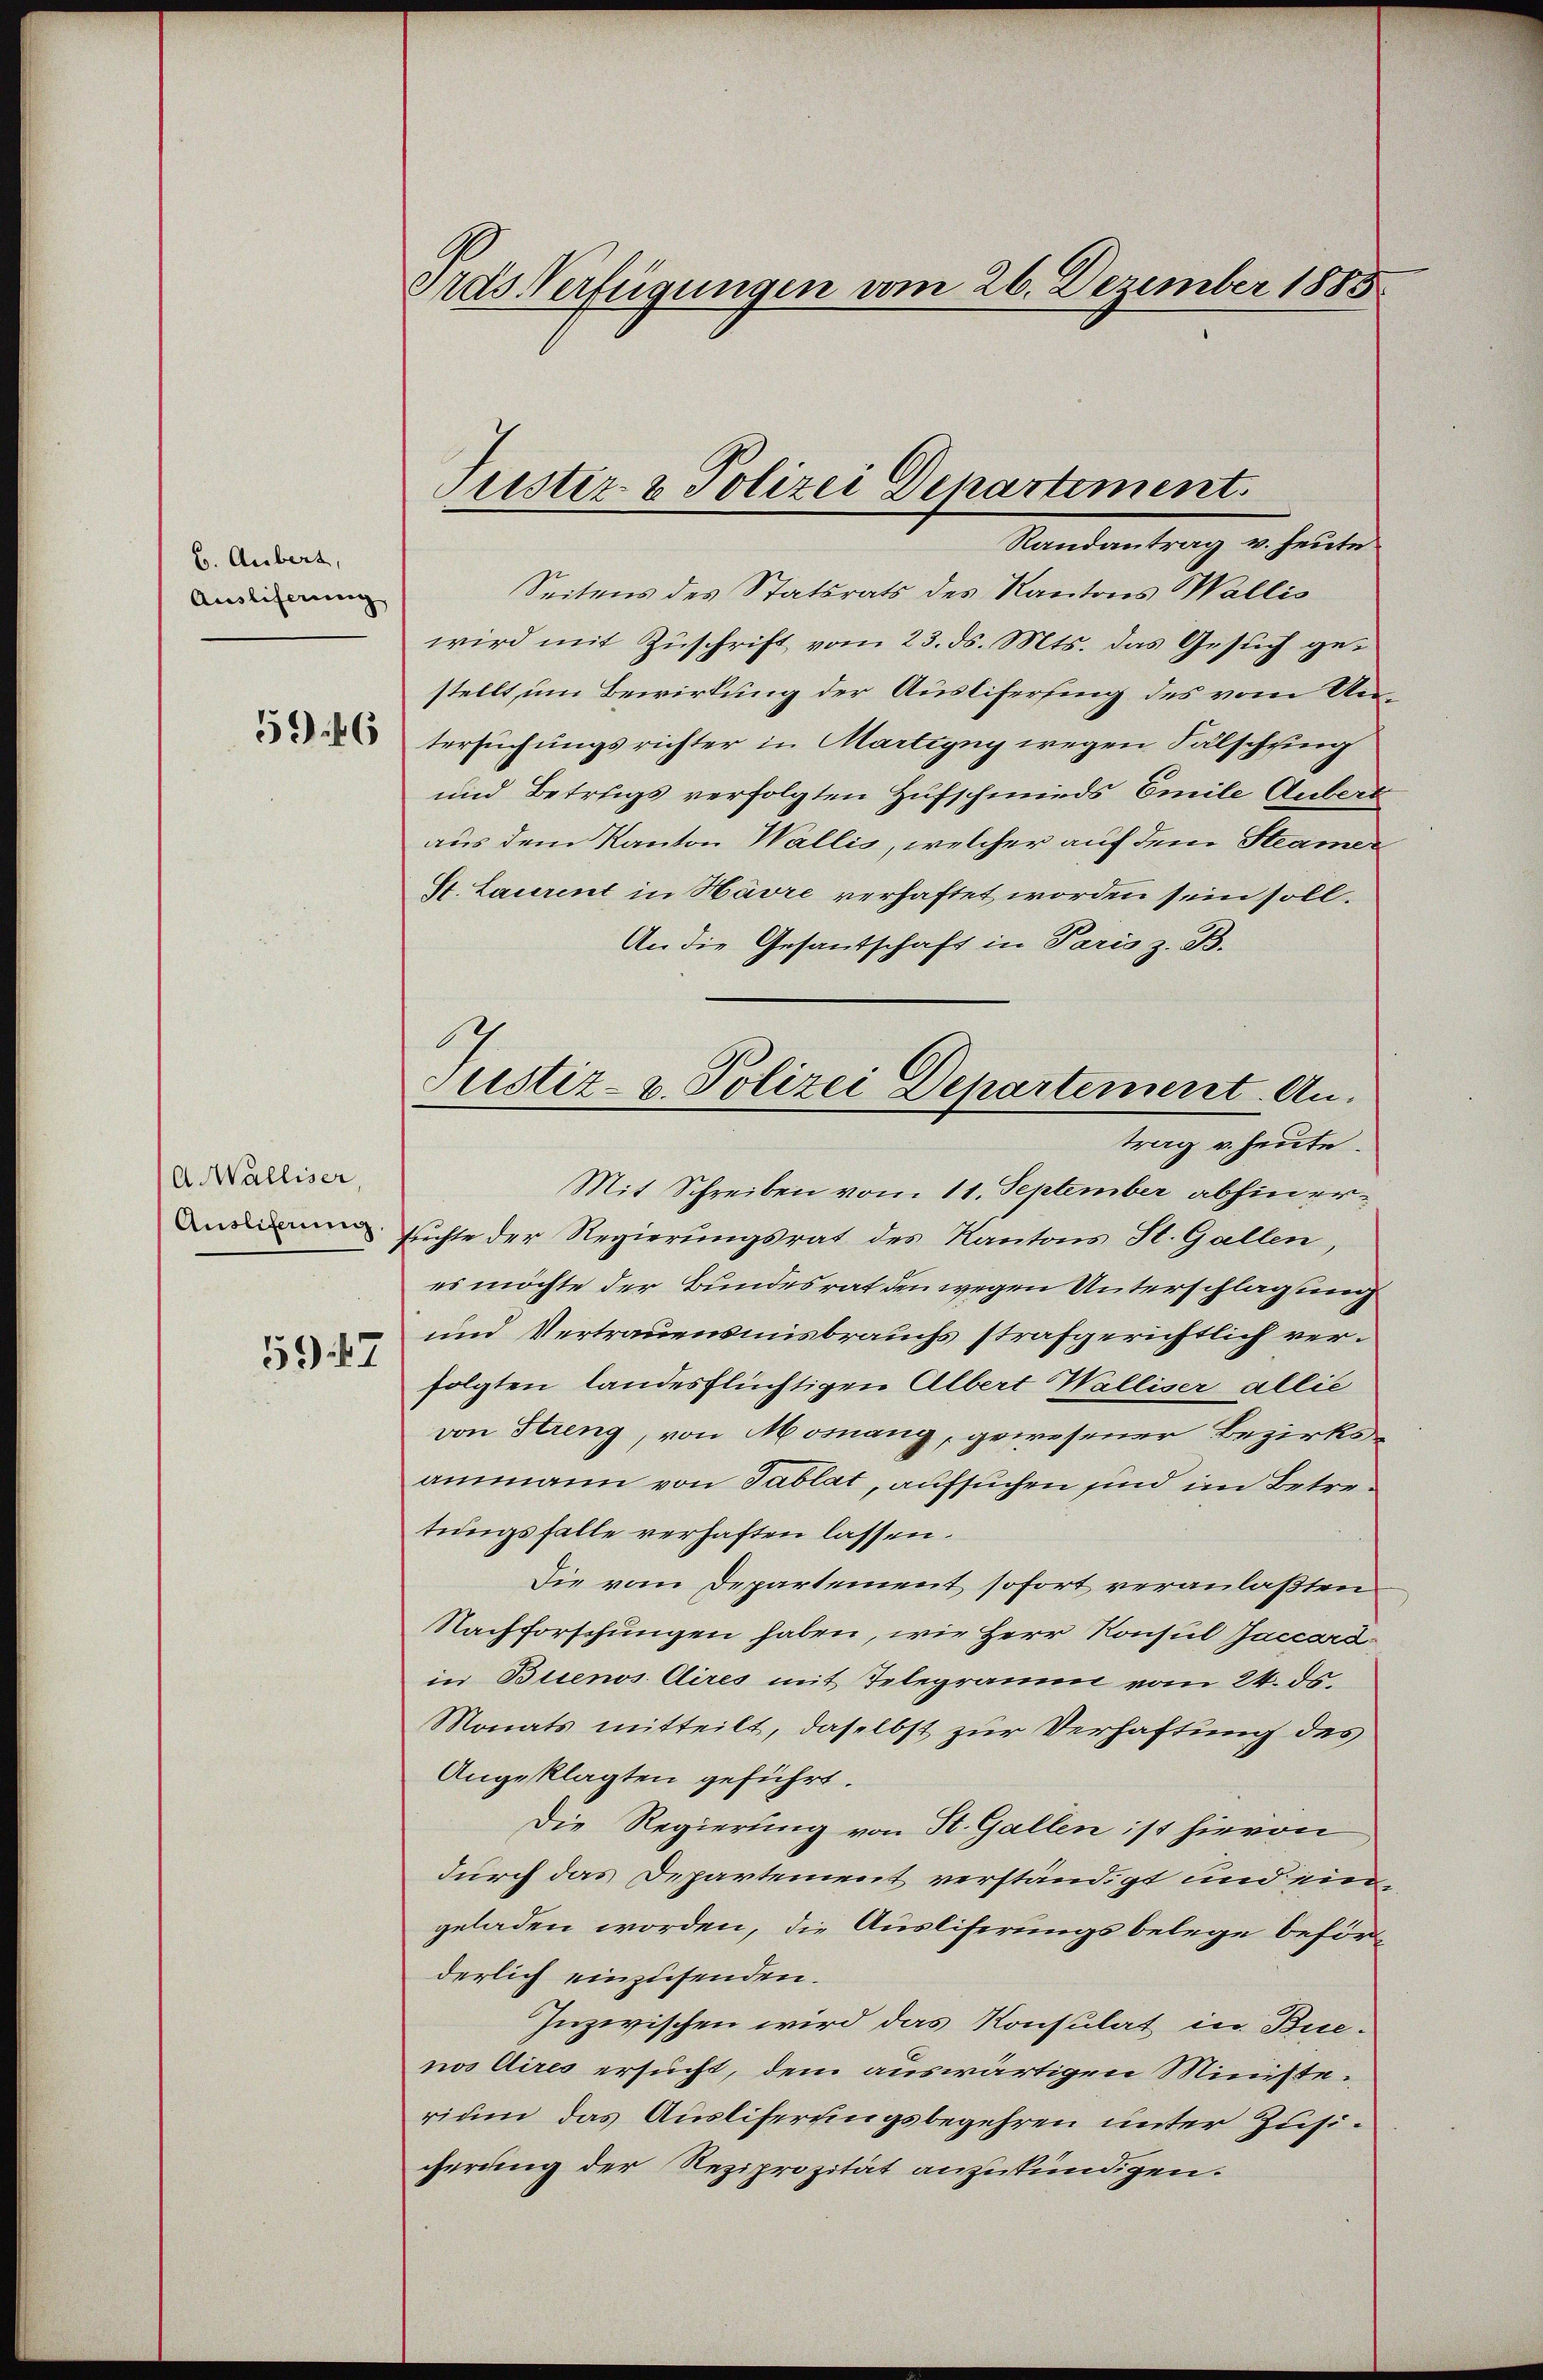
6. Aubert,
Ausliferung

56

A Walliser,
Ausliflung.

59. 47

Aras Verfügungen vom 26. Dezember 1885

Seitens des Statsrats des Kantons Wallis
wird mit Zuschrift vom 23. ds. Mts. das Gesuch gestellt um Bewirkung der Auslifersing des vom Untersuchungsrichter in Martigny wegen Fälschung
und Betrags verfolgten Hufschmieds Emile Aubert
aus dem Kanton Wallis, welcher auf dem Steamer
St. Laurent in Havre verhaftet worden sein soll.
An die Gesantschaft in Paris z. B.
Mit Schreiben vom 11. September abhin er¬
Euchte der Regierungsrat des Kantons St. Gallen,
es möchte der Bundesrat den wegen Unterschlagung
und Vertrauensmisbrauchs strafgerichtlich verfolgten landesflüchtigen Albert Walliser allie
von Streng, von Mosnang, gewesener Bezirksammann von Tablat, aufsuchen sind im Betretungsfalle verhaften lassen.
Die vom Departement sofort veranlaßten
Nachforschungen haben, wir Herr Konsul Jaccardin Buenos Aires mit Telegramm vom 24. ds.
Monats mitteilt, daselbst zur Verhaftung des
Angeklagten geführt.
Die Regierung von St. Gallen ist hievon
durch das Departement verständigt und ein
geladen worden, die Auslieferungsbelege beförderlich einzusenden.
Inzwischen wird das Konsulat in Bue-
nos Aires ersucht, dem auswärtigen Ministerium das Ausliferungsbegehren unter Zusicherung der Reziprozität anzukündigen.

Justiz- & Polizei Departement.
Randantrag v. heute.

1
Justiz- u. Polizei Departement. An
trag u. heute.